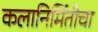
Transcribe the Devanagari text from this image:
कलानिर्मितीचा